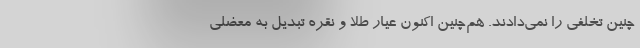
چنین تخلفی را نمی‌دادند. هم‌چنین اکنون عیار طلا و نقره تبدیل به معضلی